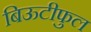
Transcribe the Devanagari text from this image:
बिऊटीफुल